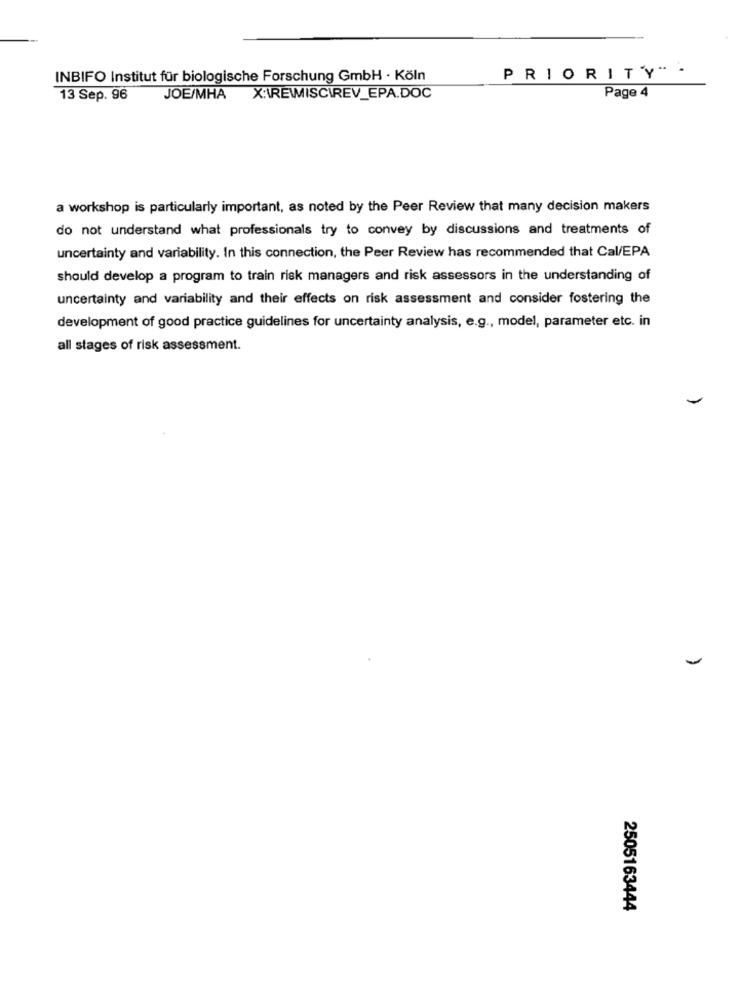
PRIORITY"-
INBIFO Institut für biologische Forschung GmbH · Köln
Page 4
13 Sep. 96
JOE/MHA
a workshop is particularly important, as noted by the Peer Review that many decision makers
do not understand what professionals try to convey by discussions and treatments of
uncertainty and variability. In this connection, the Peer Review has recommended that Cal/EPA
should develop a program to train risk managers and risk assessors in the understanding of
uncertainty and variability and their effects on risk assessment and consider fostering the
development of good practice guidelines for uncertainty analysis, e.g ., model, parameter etc. in
all stages of risk assessment.
2505163444